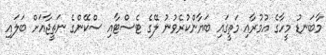
މާބަނޑު މީހާގެ އުމުރާއި މަތީގައި ބަޔާންކުރެވުނު ލޭގެ ޓެސްޓާއި ސްކޭންގެ ނަތީޖާއަށް ބަލައި